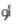
أو